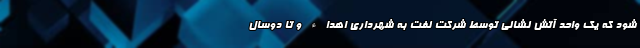
شود که یک واحد آتش نشانی توسط شرکت نفت به شهرداری اهداء و تا دوسال